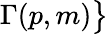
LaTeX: \Gamma(p,m){\big\} }